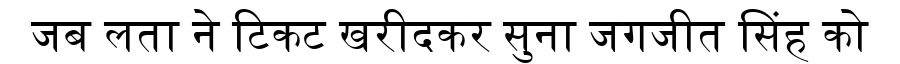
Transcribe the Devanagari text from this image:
जब लता ने टिकट खरीदकर सुना जगजीत सिंह को